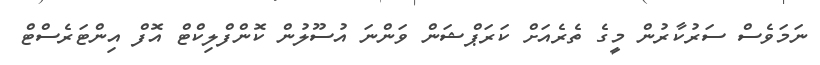
ނަމަވެސް ސަރުކާރުން މީގެ ތެރެއަށް ކަރަޕްޝަން ވަންނަ އުސޫލުން ކޮންފްލިކްޓް އޮފް އިންޓަރެސްޓް